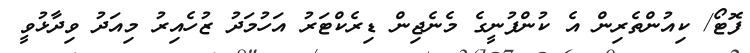
ފޮޓޯ/ ކިއުންތެރިން އެ ކުންފުނީގެ މެނެޖިން ޑިރެކްޓަރު އަހުމަދު ޒުހެއިރު މިއަދު ވިދާޅުވީ